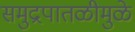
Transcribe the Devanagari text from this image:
समुद्रपातळीमुळे